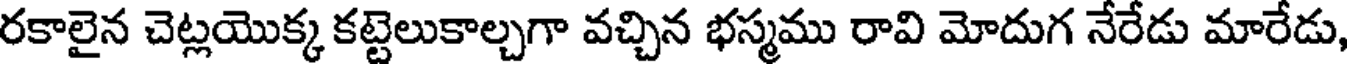
రకాలైన చెట్లయొక్క కట్టెలుకాల్చగా వచ్చిన భస్మము రావి మోదుగ నేరేడు మారేడు,